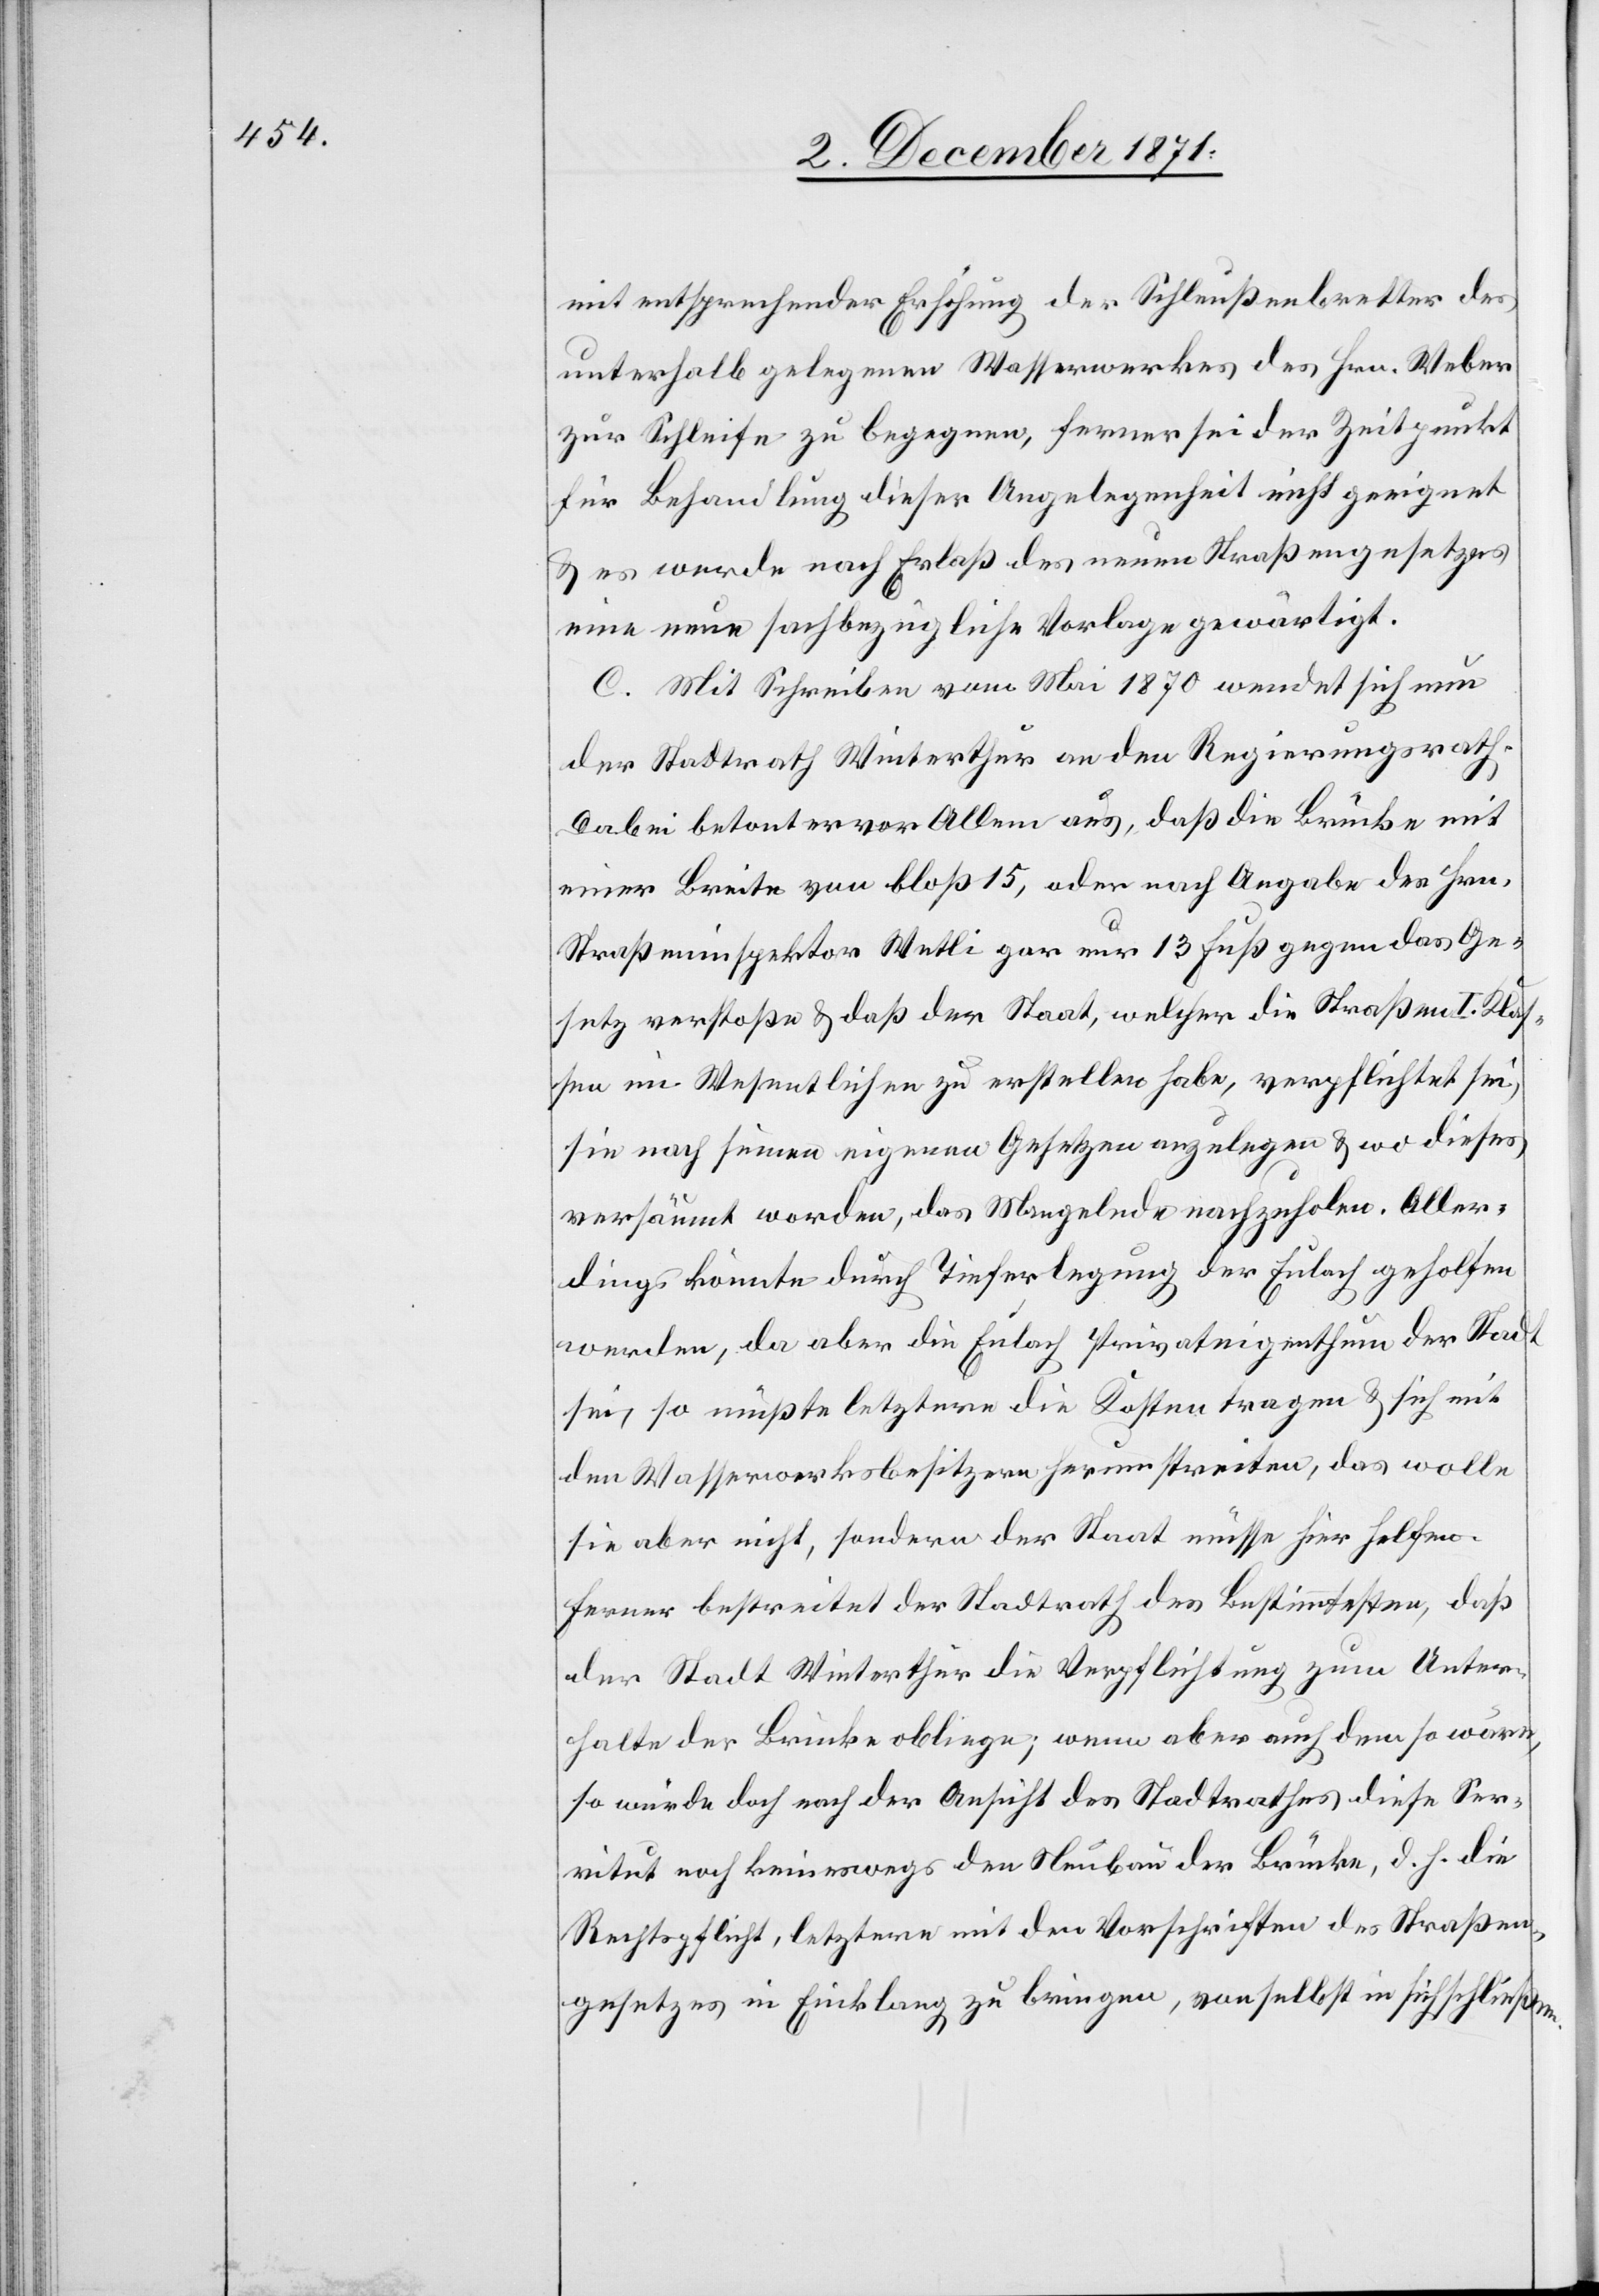
mit entsprechender Erhöhung der Schleußenbretter des
unterhalb gelegenen Wasserwerkes des Hrn. Weber
zur Schleife zu begegnen, ferner sei der Zeitpunkt
für Behandlung dieser Angelegenheit nicht geeignet
& es werde nach Erlaß des neuen Straßengesetzes
eine neue sachbezügliche Vorlage gewärtigt.
C. Mit Schreiben vom Mai 1870 wendet sich nun
der Stadtrath Winterthur an den Regierungsrath.
Dabei betont er vor Allem aus, daß die Brücke mit
einer Breite von bloß 15, oder nach Angabe des Hrn.
Straßeninspektor Wetli gar nur 13 Fuß gegen das Ge¬
setz verstoße & daß der Staat, welcher die Straßen I. Klas¬
sen im Wesentlichen zu erstellen habe, verpflichtet sei,
sie nach seinen eigenen Gesetzen anzulegen & wo dieses
versäumt worden, das Mangelnde nachzuholen. Aller¬
dings könnte durch Tieferlegung der Eulach geholfen
werden, da aber die Eulach Privateigenthum der Stadt
sei, so müßte letztere die Kosten tragen & sich mit
den Wasserwerksbesitzern herumstreiten, das wolle
sie aber nicht, sondern der Staat müsse hier helfen.
Ferner bestreitet der Stadtrath des Bestimmtesten, daß
der Stadt Winterthur die Verpflichtung zum Unter¬
halte der Brücke obliege; wenn aber auch dem so wäre,
so würde doch nach der Ansicht des Stadtrathes diese Ser¬
vitut noch keineswegs den Neubau der Brücke, d. h. die
Rechtspflicht, letztere mit den Vorschriften des Straßen¬
gesetzes in Einklang zu bringen, von selbst in sich schließen.